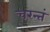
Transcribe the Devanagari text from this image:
चरन्तं